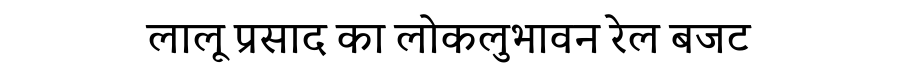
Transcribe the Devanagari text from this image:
लालू प्रसाद का लोकलुभावन रेल बजट